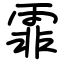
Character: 霏